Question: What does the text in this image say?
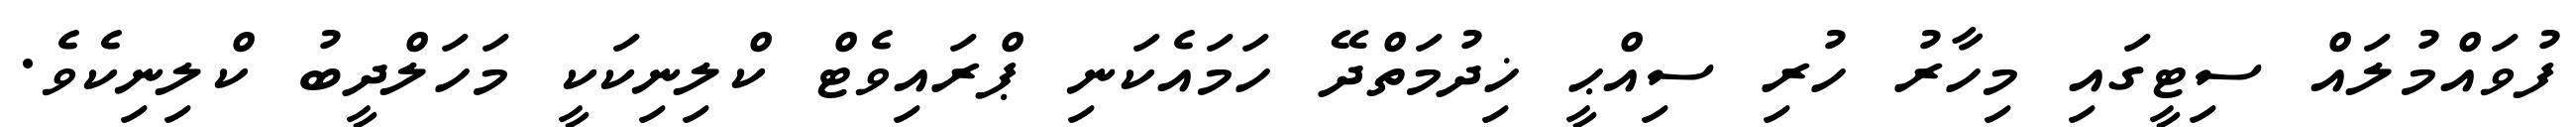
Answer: ފުވައްމުލައް ސިޓީގައި މިހާރު ހުރި ސިއްޙީ ޚިދުމަތްދޭ ހަމައެކަނި ޕްރައިވެޓް ކްލިނިކަކީ މަހަލްދީބު ކްލިނިކެވެ.